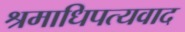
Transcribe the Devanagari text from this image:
श्रमाधिपत्यवाद